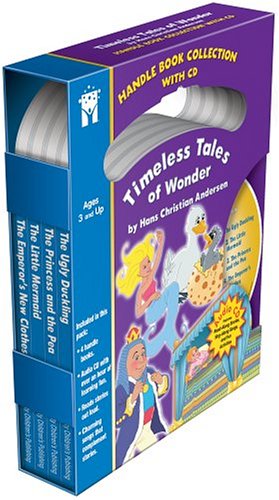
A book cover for Timeless Tales of Wonder by Hans Christian Andersen; Children's Books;